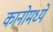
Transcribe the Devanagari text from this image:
कानोमध्ये